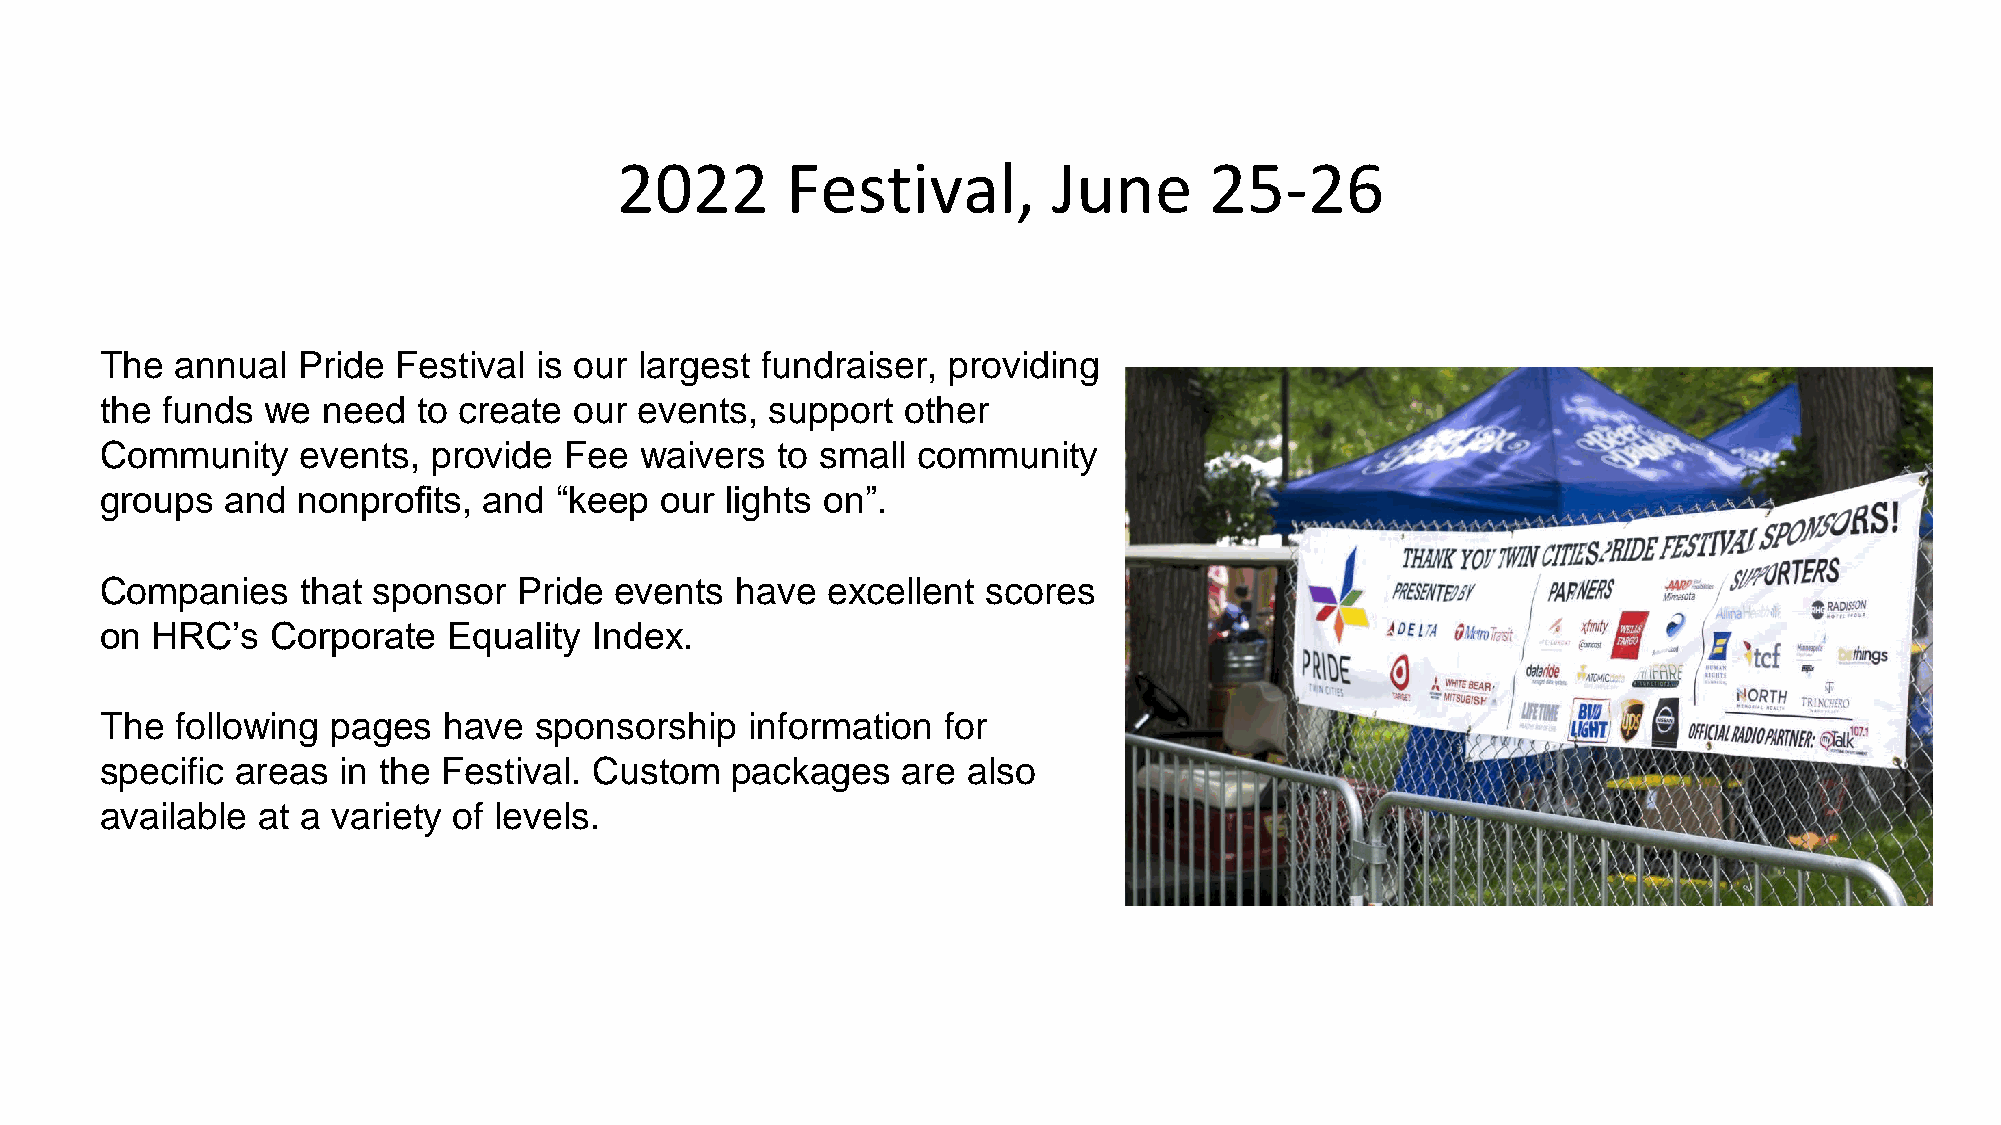
2022       Festival,         June      25-26
 The  annual  Pride Festival is our largest fundraiser,  providing
 the funds  we need   to create our events,  support  other
 Community    events,  provide Fee  waivers  to small  community
 groups  and  nonprofits, and  “keep  our lights on”.
 Companies    that sponsor  Pride  events  have  excellent scores
 on HRC’s   Corporate   Equality Index.
 The  following pages  have  sponsorship    information for
 specific areas in the Festival. Custom   packages    are also
 available at a variety of levels.